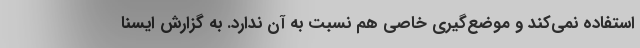
استفاده نمی‌کند و موضع‌گیری خاصی هم نسبت به آن ندارد. به گزارش ایسنا